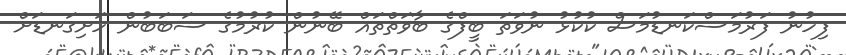
ފިހުނު ފަރުމަސްކަނޑުމަސް ކުކުޅު ނުވަތަ ބީފްގެ ބާވަތްތައް ބޭނުން ކުރުމުގެ ސަބަބުން ހަށިގަނޑަށް